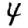
Digit: 4